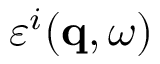
\varepsilon ^ { i } ( \mathbf { q } , \omega )